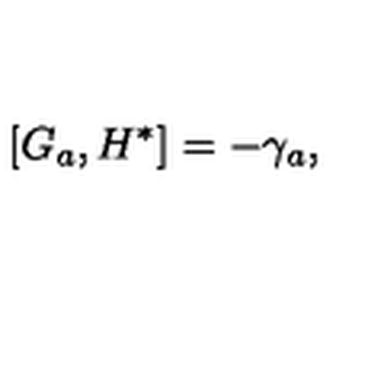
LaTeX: \left[ G _ { a } , H ^ { * } \right] = - \gamma _ { a } ,